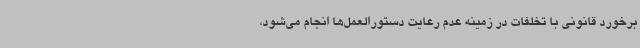
برخورد قانونی با تخلفات در زمینه عدم رعایت دستورالعمل‌ها انجام می‌شود،